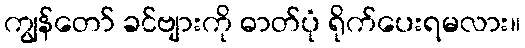
ကျွန်တော် ခင်ဗျားကို ဓာတ်ပုံ ရိုက်ပေးရမလား။